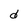
Character: d